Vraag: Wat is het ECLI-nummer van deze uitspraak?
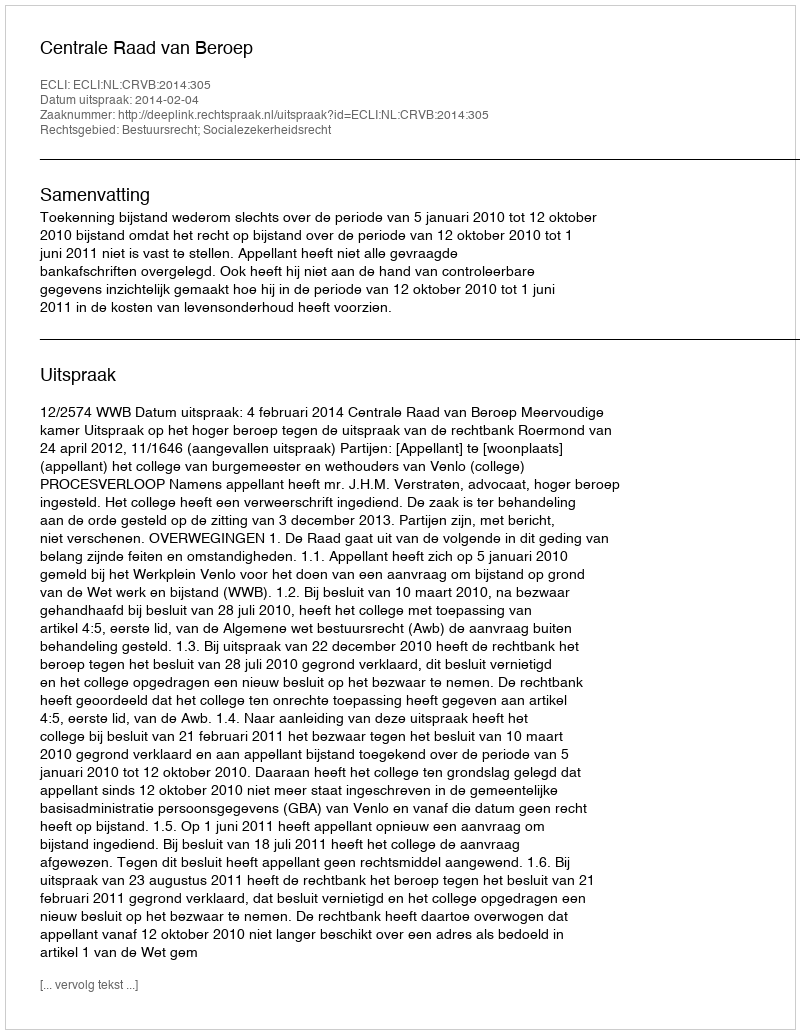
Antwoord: ECLI:NL:CRVB:2014:305